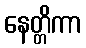
နေတ္တိကာ